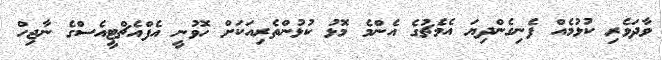
ވާދަވެރި ކުޅުމެއް ފެނިގެންދިޔަ އެމެޗުގެ އެންމެ މޮޅު ކުޅުންތެރިއަކަށް ހޮވުނީ އެފްއެޗްޓީއެސްގެ ނާޖިހް